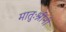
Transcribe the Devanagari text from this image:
मातुःश्रींनी